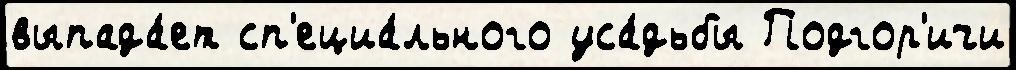
выпада́ет сп'ециа́льного уса́дьбы Подгор'ичи